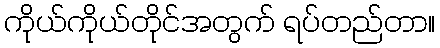
ကိုယ်ကိုယ်တိုင်အတွက် ရပ်တည်တာ။